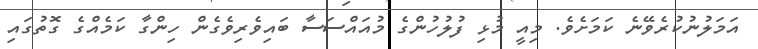
އަމަލުނުކުރެވޭނެ ކަމަށެވެ. މިއީ މުޅި ފުލުހުންގެ މުއައްސަސާ ބައިވެރިވެގެން ހިންގާ ކަމެއްގެ ގޮތުގައި